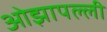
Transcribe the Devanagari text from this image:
ओझापल्ली